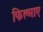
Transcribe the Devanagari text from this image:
फिल्‍माए